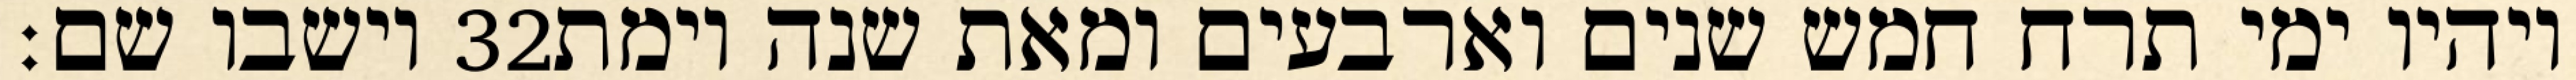
וישבו שם׃ ‎32‏ ויהיו ימי תרח חמש שנים וארבעים ומאת שנה וימת